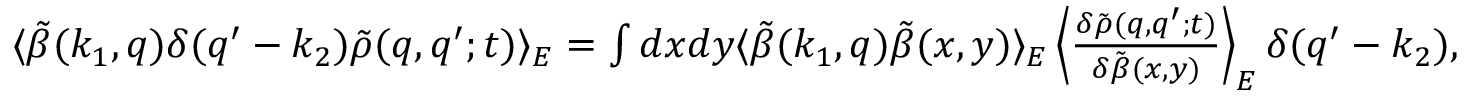
\begin{array} { r } { \langle \tilde { \beta } ( k _ { 1 } , q ) \delta ( q ^ { \prime } - k _ { 2 } ) \tilde { \rho } ( q , q ^ { \prime } ; t ) \rangle _ { E } = \int d x d y \langle \tilde { \beta } ( k _ { 1 } , q ) \tilde { \beta } ( x , y ) \rangle _ { E } \left\langle \frac { \delta \tilde { \rho } ( q , q ^ { \prime } ; t ) } { \delta \tilde { \beta } ( x , y ) } \right\rangle _ { E } \delta ( q ^ { \prime } - k _ { 2 } ) , } \end{array}